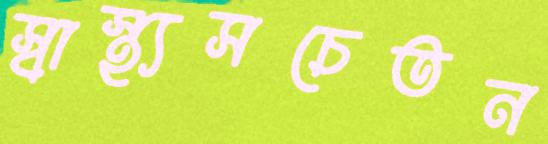
স্বাস্থ্যসচেতন